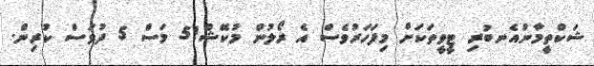
ޝަކްތީމާނުއެެނބުރި ޓީވީތަކަށް މިފަހަރުވެސް އެ ރޯލުން މުކޭޝް!5 މަސް 5 ދުވަސް ކުރިން.